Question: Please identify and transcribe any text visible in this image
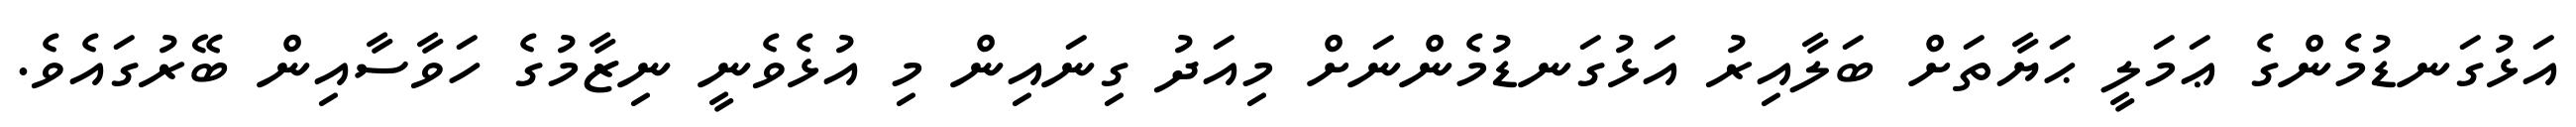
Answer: އަޅުގަނޑުމެންގެ ޢަމަލީ ޙަޔާތަށް ބަލާއިރު އަޅުގަނޑުމެންނަށް މިއަދު ގިނައިން މި އުޅެވެނީ ނިޒާމުގެ ހަވާސާއިން ބޭރުގައެވެ.